Report on the Nagpur School of Medicine, Central Provinces
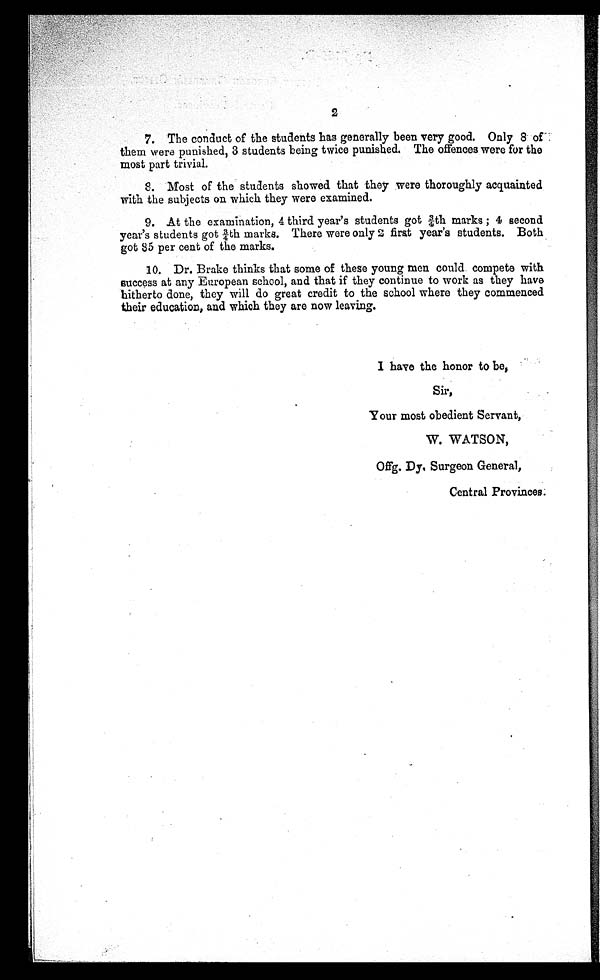
2
7. The conduct of the students has generally been very good. Only 8 of
them were punished, 3 students being twice punished. The offences were for the
most part trivial.
8. Most of the students showed that they were thoroughly acquainted
with the subjects on which they were examined.
9. At the examination, 4 third year's students got ¾th marks; 4 second
year's students got ¾th marks. There were only first year's students. Both
got 85 per cent of the marks.
10. Dr. Brake thinks that some of these young men could compete with
success at any European school, and that if they continue to work as they have
hitherto done, they will do great credit to the school where they commenced
their education, and which they are now leaving.
I have the honor to be,
Sir,
Your most obedient Servant,
W. WATSON,
Offg. Dy. Surgeon General,
Central Provinces.